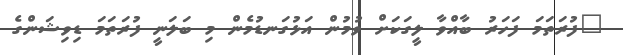
"ފުރަތަމަ ފަހަރު ބާއްވާ ލީގަކަށް ވުމުން އަޅުގަނޑުމެން މި ބަލަނީ ފުރަތަމަ ޑިވިޝަންގެ